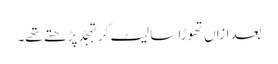
بعد ازاں تھوڑا سا لیٹ کر تہجّد پڑھتے تھے۔